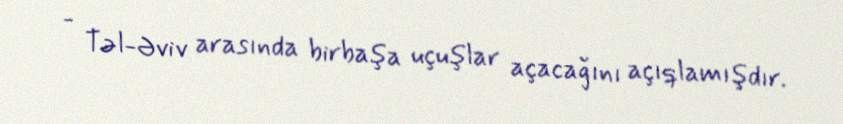
- Təl-Əviv arasında birbaşa uçuşlar açacağını açıqlamışdır.